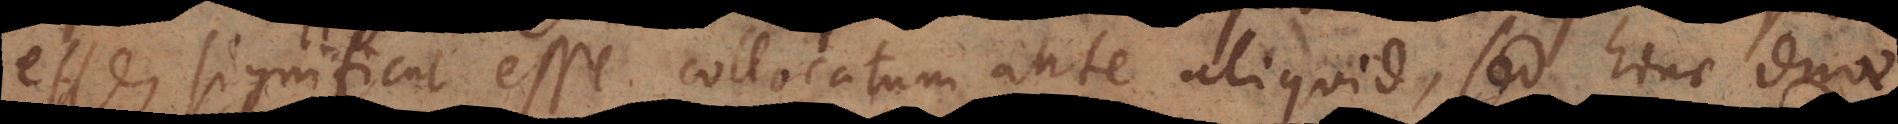
esse, significat esse collocatum ante aliquid, sed hinc du